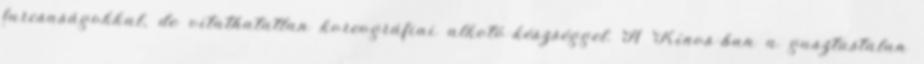
furcsaságokkal, de vitathatatlan koreográfiai alkotó-készséggel. A Kínos-ban a gusztustalan